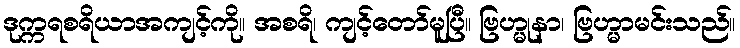
ဒုက္ကရစရိယာအကျင့်ကို။ အစရိ၊ ကျင့်တော်မူပြီ။ ဗြဟ္မုနာ၊ ဗြဟ္မာမင်းသည်။